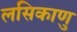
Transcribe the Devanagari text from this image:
लसिकाणु